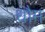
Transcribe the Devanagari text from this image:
धौम